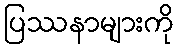
ပြဿနာများကို